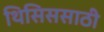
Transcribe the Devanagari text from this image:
थिसिससाठी